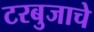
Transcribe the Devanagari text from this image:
टरबुजाचे